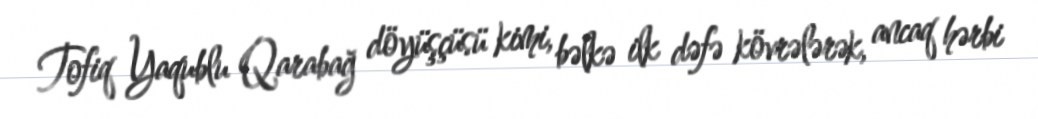
Tofiq Yaqublu Qarabağ döyüşçüsü kimi, bəlkə ilk dəfə kövrələrək, ancaq hərbi